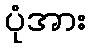
ပုံအား